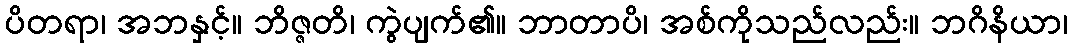
ပိတရာ၊ အဘနှင့်။ ဘိဇ္ဇတိ၊ ကွဲပျက်၏။ ဘာတာပိ၊ အစ်ကိုသည်လည်း။ ဘဂိနိယာ၊